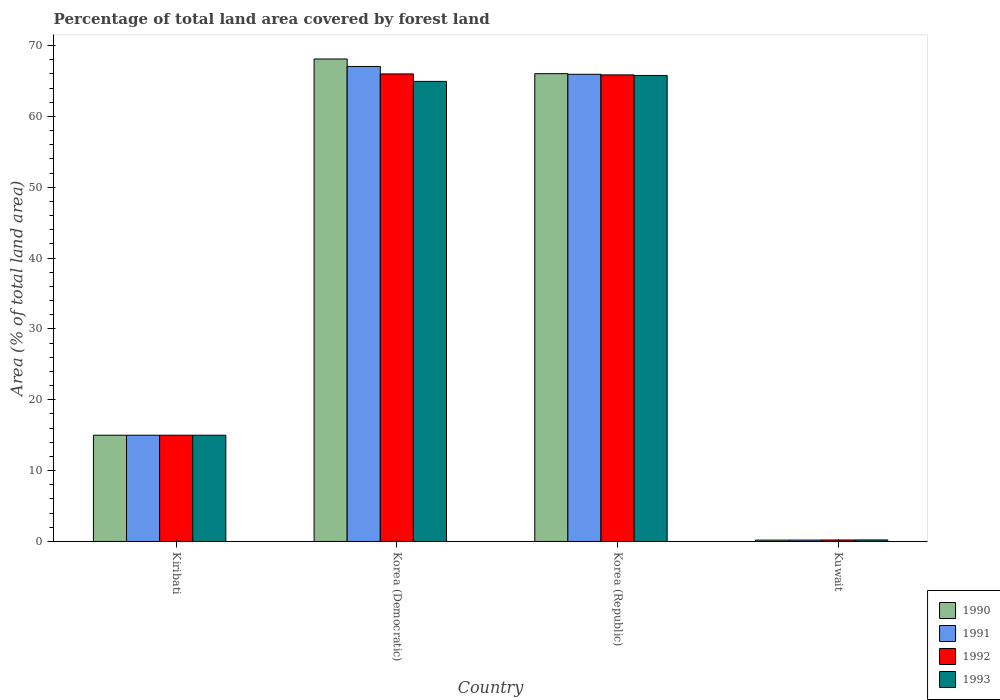
| Country | 1990 | 1991 | 1992 | 1993 |
 | --- | --- | --- | --- | --- |
 | Kiribati | 15 | 15 | 15 | 15 |
 | Korea (Democratic) | 68.1 | 67.1 | 66 | 64.9 |
 | Korea (Republic) | 66 | 66 | 65.9 | 65.8 |
 | Kuwait | 0.194 | 0.201 | 0.209 | 0.217 |